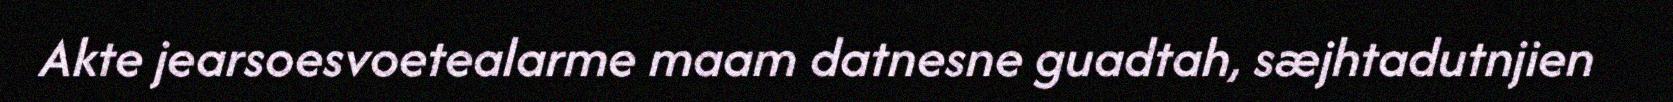
Akte jearsoesvoetealarme maam datnesne guadtah, sæjhtadutnjien